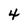
Character: 4